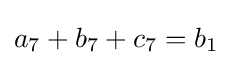
a_{7}+b_{7}+c_{7}=b_{1}